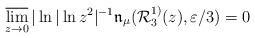
LaTeX: \begin{align*}\varlimsup_{z \to 0} |\ln|\ln z^2|^{-1} \mathfrak{n}_\mu (\mathcal{R}_3^{1)}(z), \varepsilon/3) = 0 \end{align*}